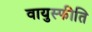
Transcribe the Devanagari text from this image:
वायुस्फीति